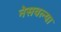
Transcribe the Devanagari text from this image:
नेसवल्या